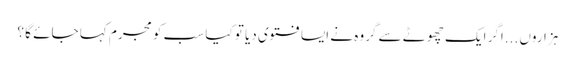
ہزاروں ...اگر ایک چھوٹے سے گروہ نے ایسا فتوی دیا تو کیا سب کو مجرم کہا جائے گا ؟